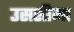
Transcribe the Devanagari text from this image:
उससीमा